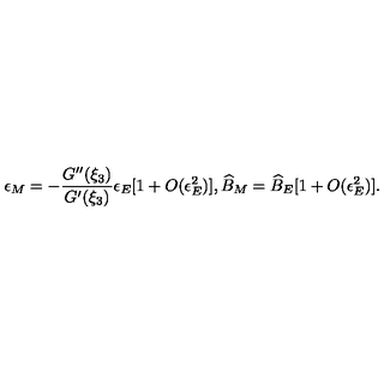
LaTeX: \epsilon _ { M } = - \frac { G ^ { \prime \prime } ( \xi _ { 3 } ) } { G ^ { \prime } ( \xi _ { 3 } ) } \epsilon _ { E } [ 1 + O ( \epsilon _ { E } ^ { 2 } ) ] , \widehat { B } _ { M } = \widehat { B } _ { E } [ 1 + O ( \epsilon _ { E } ^ { 2 } ) ] .